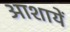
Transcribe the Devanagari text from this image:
आशायें